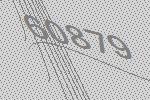
60879